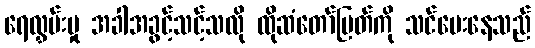
ရေလွှမ်းမှု အခါအခွင့်သင့်သလို ထိုဆံတော်မြတ်ကို သင်ပေးနေသည်